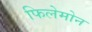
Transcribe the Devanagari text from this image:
फिलेमोन